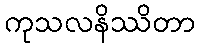
ကုသလနိဿိတာ